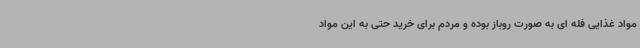
مواد غذایی فله ای به صورت روباز بوده و مردم برای خرید حتی به این مواد